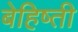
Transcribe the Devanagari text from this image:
बेहिष्ती